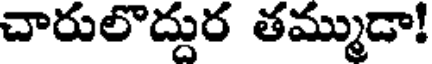
చారులొద్దుర తమ్ముడా!